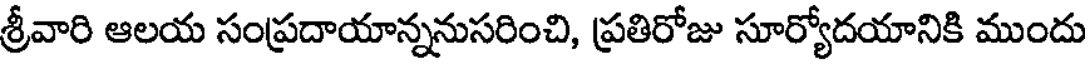
శ్రీవారి ఆలయ సంప్రదాయాన్ననుసరించి, ప్రతిరోజు సూర్యోదయానికి ముందు